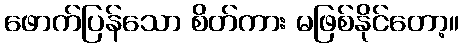
ဖောက်ပြန်သော စိတ်ကား မဖြစ်နိုင်တော့။